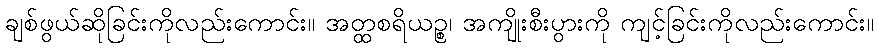
ချစ်ဖွယ်ဆိုခြင်းကိုလည်းကောင်း။ အတ္ထစရိယဉ္စ၊ အကျိုးစီးပွားကို ကျင့်ခြင်းကိုလည်းကောင်း။